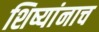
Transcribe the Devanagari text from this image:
शिष्यांनाच